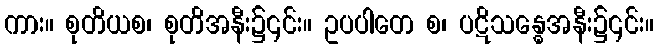
ကား။ စုတိယစ၊ စုတိအနီး၌၎င်း။ ဥပပါတေ စ၊ ပဋိသန္ဓေအနီး၌၎င်း။